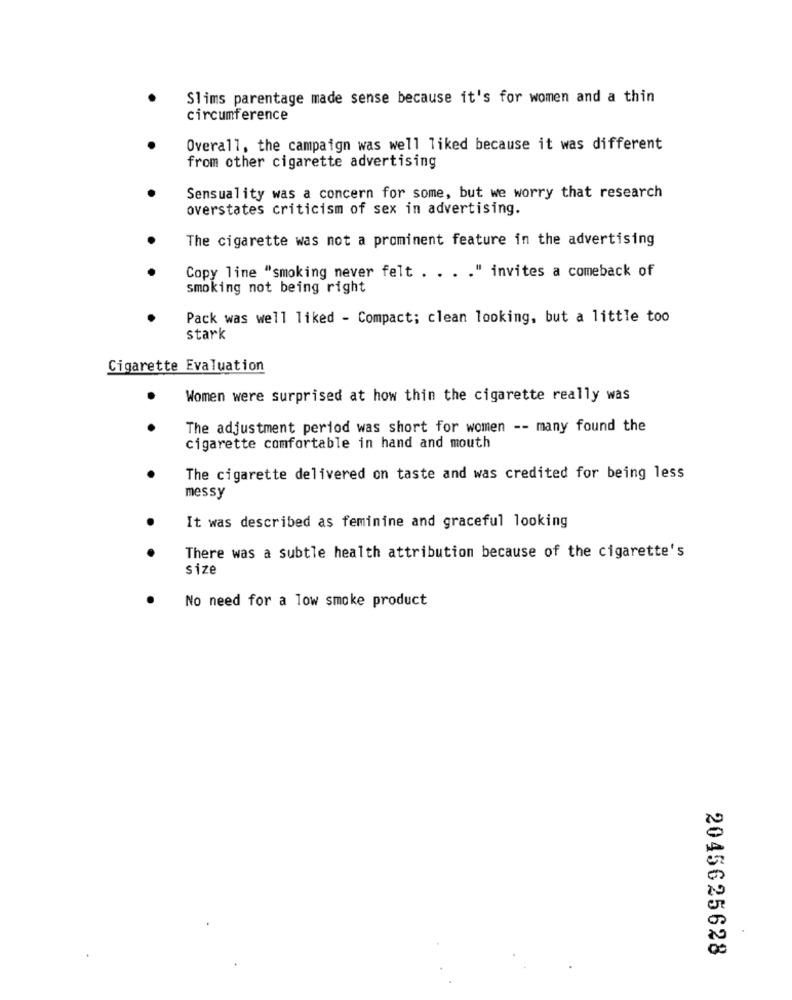
Slims parentage made sense because it's for women and a thin
circumference
Overall, the campaign was well liked because it was different
from other cigarette advertising
Sensuality was a concern for some, but we worry that research
overstates criticism of sex in advertising.
The cigarette was not a prominent feature in the advertising
Copy line "smoking never felt . . . . " invites a comeback of
smoking not being right
Pack was well liked - Compact; clean looking, but a little too
stark
Cigarette Evaluation
Women were surprised at how thin the cigarette really was
The adjustment period was short for women -- many found the
cigarette comfortable in hand and mouth
The cigarette delivered on taste and was credited for being less
messy
It was described as feminine and graceful looking
There was a subtle health attribution because of the cigarette's
size
No need for a low smoke product
2045625628